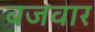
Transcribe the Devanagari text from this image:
बजवार